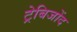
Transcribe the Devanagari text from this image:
ट्रेबिजोंद